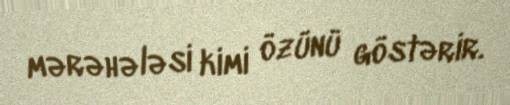
mərəhələsi kimi özünü göstərir.